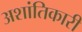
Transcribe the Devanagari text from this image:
अशांतिकारी